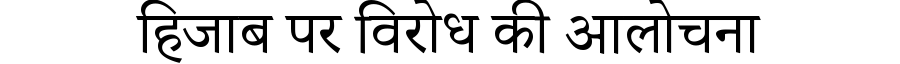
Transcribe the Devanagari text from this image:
हिजाब पर विरोध की आलोचना